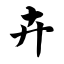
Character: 卉